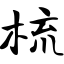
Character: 梳